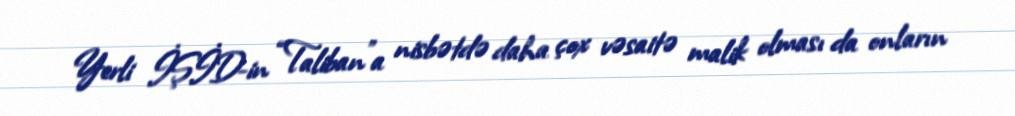
Yerli İŞİD-in “Taliban”a nisbətdə daha çox vəsaitə malik olması da onların